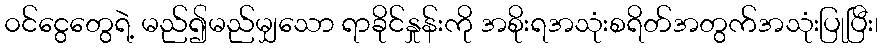
၀င်ငွေတွေရဲ့ မည်၍မည်မျှသော ရာခိုင်နှုန်းကို အစိုးရအသုံးစရိတ်အတွက်အသုံးပြုပြီး၊